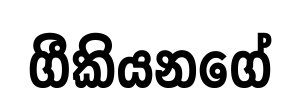
ගීකියනගේ